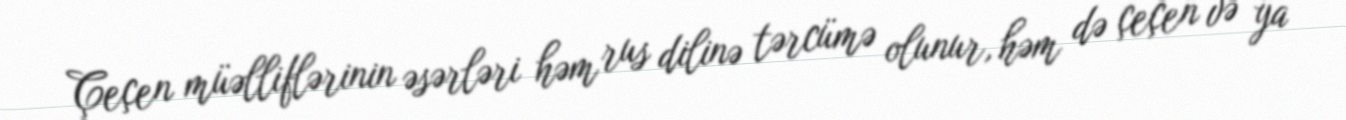
Çeçen müəlliflərinin əsərləri həm rus dilinə tərcümə olunur, həm də çeçen və ya